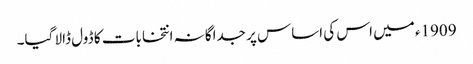
1909ء میں اس کی اساس پر جداگانہ انتخابات کا ڈول ڈالا گیا۔